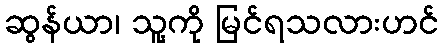
ဆွန်ယာ၊ သူ့ကို မြင်ရသလားဟင်